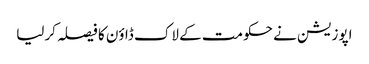
اپوزیشن نے حکومت کے لاک ڈاؤن کا فیصلہ کرلیا